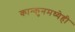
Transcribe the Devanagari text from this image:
कान्कुनमध्येही